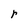
Character: r